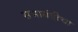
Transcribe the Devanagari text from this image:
सभाबंदीचा